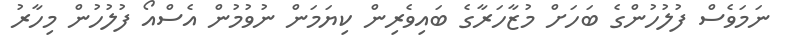
ނަމަވެސް ފުލުހުންގެ ބަހަށް މުޒާހަރާގެ ބައިވެރިން ކިޔަމަން ނުވުމުން އެސްއޯ ފުލުހުން މިހާރު